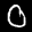
Label: 0